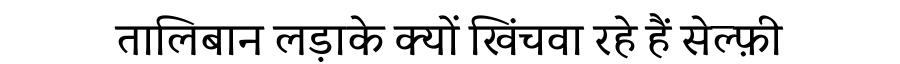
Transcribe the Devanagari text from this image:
तालिबान लड़ाके क्यों खिंचवा रहे हैं सेल्फ़ी